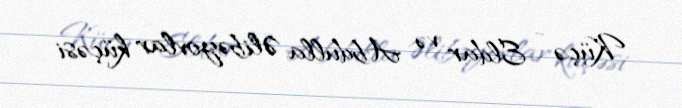
Küçə - Eldar və Abdulla Əlibəyovlar küçəsi